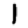
Digit: 1